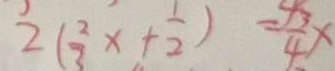
2 ( \frac { 2 } { 3 } x + \frac { 1 } { 2 } ) = \frac { 3 } { 4 } x